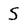
Character: S